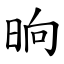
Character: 晌